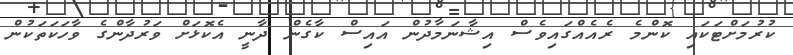
ކުރުމަށްޓަކައި ކޮންމެ ރެއެއްގައިވެސް އިޝާނަމާދުން އައިސް ކާގެން ދާނީ އެކޮޅަށް ވަރުދާންގެ ވާހަކަތަކުން